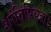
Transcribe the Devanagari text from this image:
शांतिप्रियता।